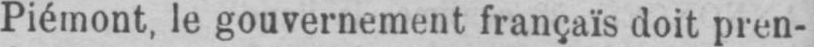
Piémont, le gouvernement françaïs doit pren-